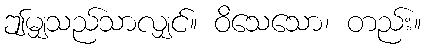
ဤမျှသည်သာလျှင်။ ဝိသေသော၊ တည်း။